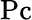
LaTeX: \mathrm{Pc}